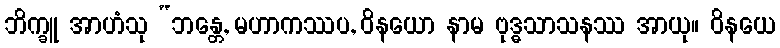
ဘိက္ခူ အာဟံသု “ဘန္တေ, မဟာကဿပ, ဝိနယော နာမ ဗုဒ္ဓသာသနဿ အာယု။ ဝိနယေ